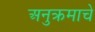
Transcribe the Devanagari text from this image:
अनुक्रमाचे